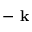
- \textbf { k }